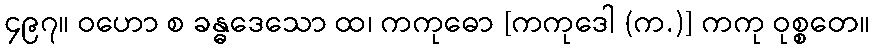
၄၉၇။ ဝဟော စ ခန္ဓဒေသော ထ၊ ကကုဓော [ကကုဒေါ (က.)] ကကု ဝုစ္စတေ။